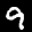
Label: 9